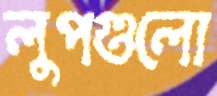
লুপগুলো